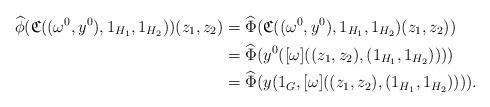
LaTeX: \begin{align*}\widehat{\phi}(\mathfrak{C}((\omega^0,y^0),1_{H_1},1_{H_2}))(z_1,z_2) & = \widehat{\Phi}(\mathfrak{C}((\omega^0,y^0),1_{H_1},1_{H_2})(z_1,z_2))\\& = \widehat{\Phi}(y^0([\omega]((z_1,z_2),(1_{H_1},1_{H_2}))))\\& = \widehat{\Phi}(y(1_G,[\omega]((z_1,z_2),(1_{H_1},1_{H_2})))). \\\end{align*}